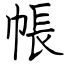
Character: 帳